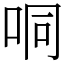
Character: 哃